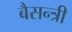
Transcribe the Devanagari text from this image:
बैसन्त्री